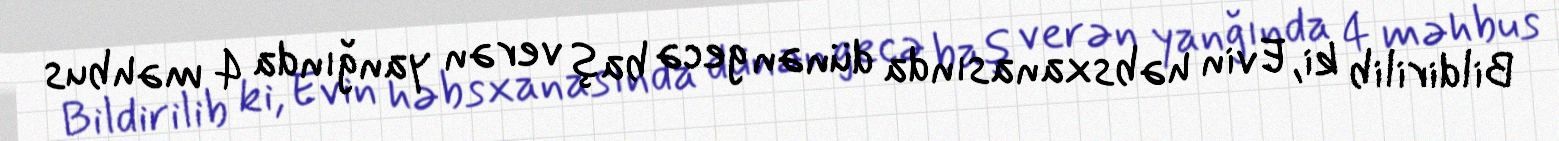
Bildirilib ki, Evin həbsxanasında dünən gecə baş verən yanğında 4 məhbus